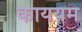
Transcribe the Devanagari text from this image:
काययम